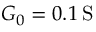
G _ { 0 } = 0 . 1 \: \mathrm { S }